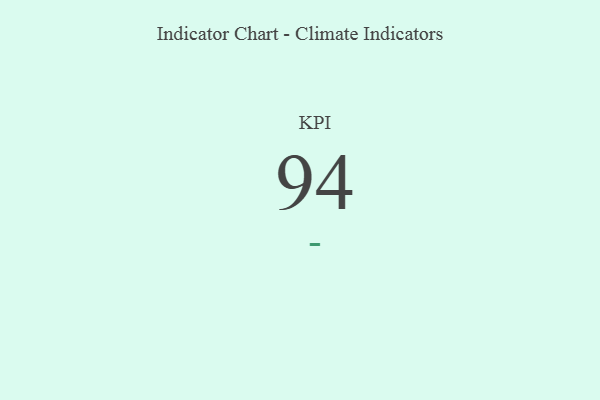
{"axis": {"x": "KPI", "y": "Value"}, "legend": [""], "data": [{"x": "KPI", "y": 94, "type": ""}]}